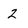
Character: 2